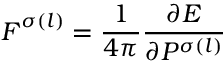
\boldsymbol { F } ^ { \sigma ( l ) } = \frac { 1 } { 4 \pi } \frac { \partial E } { \partial P ^ { \sigma ( l ) } }